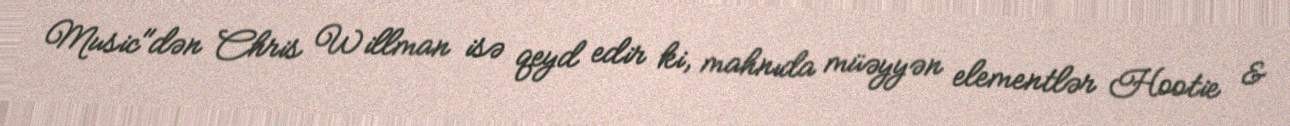
Music"dən Chris Willman isə qeyd edir ki, mahnıda müəyyən elementlər Hootie &